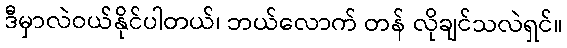
ဒီမှာလဲဝယ်နိုင်ပါတယ်၊ ဘယ်လောက် တန် လိုချင်သလဲရှင်။